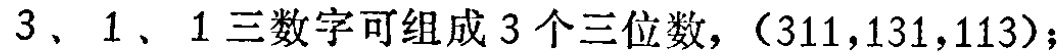
$3$、$1$、$1$三数字可组成$3$个三位数，（$311,131,113$）；